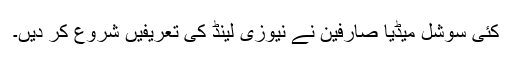
کئی سوشل میڈیا صارفین نے نیوزی لینڈ کی تعریفیں شروع کر دیں۔